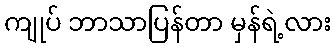
ကျုပ် ဘာသာပြန်တာ မှန်ရဲ့လား